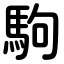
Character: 駒